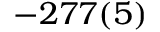
- 2 7 7 ( 5 )